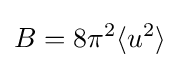
B={8\pi ^{2}}\langle u^{2}\rangle